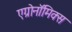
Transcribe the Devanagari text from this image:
एग्रोनॉमिक्स